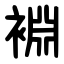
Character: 裫